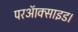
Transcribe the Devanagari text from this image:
परऑक्साइड।